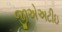
જીએઅટીઇ